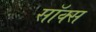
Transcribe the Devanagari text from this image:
सॉक्‍स